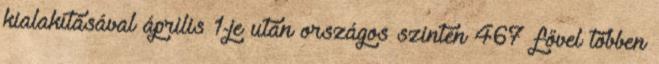
kialakításával április 1-je után országos szinten 467 fővel többen